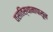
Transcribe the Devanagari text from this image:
वसतिस्थानापासून